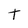
Character: t